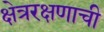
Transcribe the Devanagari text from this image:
क्षेत्ररक्षणाची